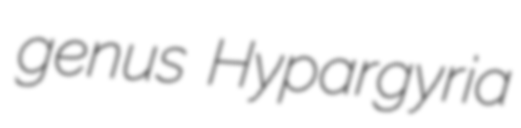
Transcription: genus Hypargyria